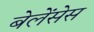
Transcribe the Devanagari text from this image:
बेलेंसेस